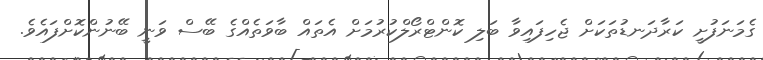
ގެމަނަފުށީ ކަރާދަނޑުތަކަށް ޖެހިފައިވާ ބަލި ކޮންޓްރޯލްކުރުމަށް އެތައް ބާވަތެއްގެ ބޭސް ވަނީ ބޭނުންކޮށްފައެވެ.